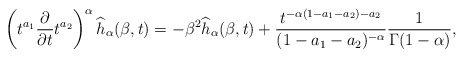
\begin{align*} \left(t^{a_1}\frac{\partial}{\partial t}t^{a_2}\right)^{\alpha} \widehat{h}_{\alpha}(\beta,t)= -\beta^2 \widehat{h}_{\alpha}(\beta,t)+\frac{t^{-\alpha(1-a_1-a_2)-a_2}}{(1-a_1-a_2)^{-\alpha}} \frac{1}{\Gamma(1-\alpha)}, \end{align*}